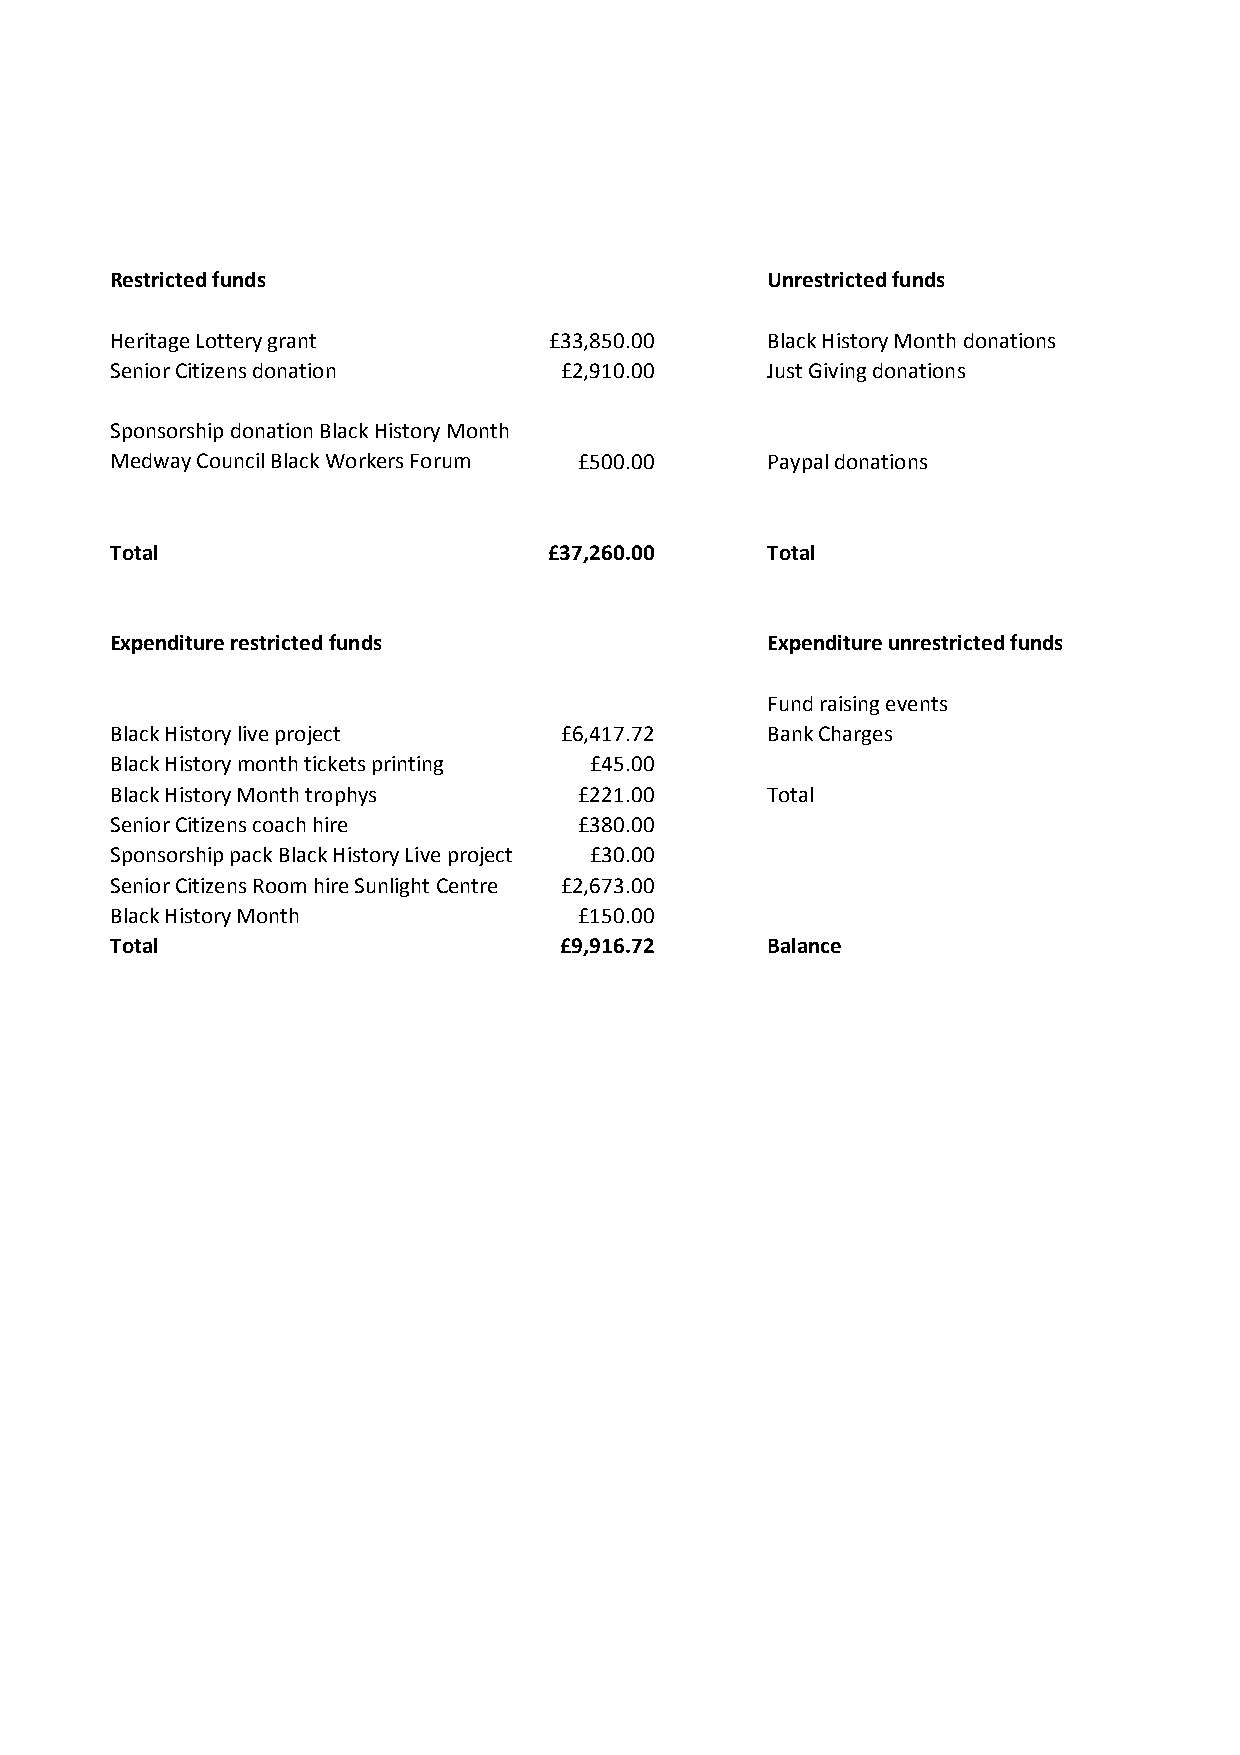
Restricted funds                            Unrestricted funds
 Heritage Lottery grant       £33,850.00     Black History Month donations
 Senior Citizens donation      £2,910.00     Just Giving donations
 Sponsorship donation Black History Month
 Medway Council Black Workers Forum £500.00  Paypal donations
 Total                        £37,260.00     Total
 Expenditure restricted funds                Expenditure unrestricted funds
 Fund raising events
 Black History live project    £6,417.72     Bank Charges
 Black History month tickets printing £45.00
 Black History Month trophys    £221.00      Total
 Senior Citizens coach hire     £380.00
 Sponsorship pack Black History Live project £30.00
 Senior Citizens Room hire Sunlight Centre £2,673.00
 Black History Month            £150.00
 Total                         £9,916.72     Balance